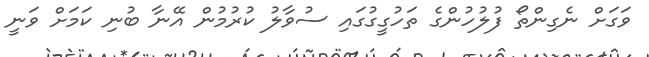
ވަގަށް ނެގިންތޯ ފުލުހުންގެ ތަހުގީގުގައި ސުވާލު ކުރުމުން އޭނާ ބުނި ކަމަށް ވަނީ